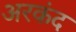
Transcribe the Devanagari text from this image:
अरकंद